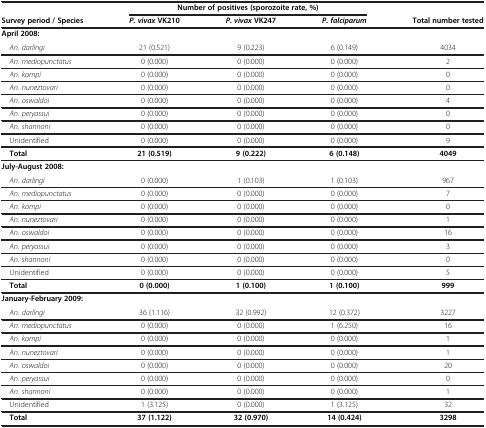
<table><thead><tr><td><b> </b></td><td colspan="3"><b>Number of positives (sporozoite rate, %)</b></td><td><b> </b></td></tr><tr><td><b>Survey period / Species</b></td><td><b><i>P. vivax</i> VK210</b></td><td><b><i>P. vivax</i> VK247</b></td><td><b><i>P. falciparum</i></b></td><td><b>Total number tested</b></td></tr></thead><tbody><tr><td><b>April 2008:</b></td><td> </td><td> </td><td> </td><td> </td></tr><tr><td> <i>An. darlingi</i></td><td>21 (0.521)</td><td>9 (0.223)</td><td>6 (0.149)</td><td>4034</td></tr><tr><td> <i>An. mediopunctatus</i></td><td>0 (0.000)</td><td>0 (0.000)</td><td>0 (0.000)</td><td>2</td></tr><tr><td> <i>An. kompi</i></td><td>0 (0.000)</td><td>0 (0.000)</td><td>0 (0.000)</td><td>0</td></tr><tr><td> <i>An. nuneztovari</i></td><td>0 (0.000)</td><td>0 (0.000)</td><td>0 (0.000)</td><td>0</td></tr><tr><td> <i>An. oswaldoi</i></td><td>0 (0.000)</td><td>0 (0.000)</td><td>0 (0.000)</td><td>4</td></tr><tr><td> <i>An. peryassui</i></td><td>0 (0.000)</td><td>0 (0.000)</td><td>0 (0.000)</td><td>0</td></tr><tr><td> <i>An. shannoni</i></td><td>0 (0.000)</td><td>0 (0.000)</td><td>0 (0.000)</td><td>0</td></tr><tr><td> Unidentified</td><td>0 (0.000)</td><td>0 (0.000)</td><td>0 (0.000)</td><td>9</td></tr><tr><td> <b>Total</b></td><td><b>21 (0.519)</b></td><td><b>9 (0.222)</b></td><td><b>6 (0.148)</b></td><td><b>4049</b></td></tr><tr><td><b>July-August 2008:</b></td><td> </td><td> </td><td> </td><td> </td></tr><tr><td> <i>An. darlingi</i></td><td>0 (0.000)</td><td>1 (0.103)</td><td>1 (0.103)</td><td>967</td></tr><tr><td> <i>An. mediopunctatus</i></td><td>0 (0.000)</td><td>0 (0.000)</td><td>0 (0.000)</td><td>7</td></tr><tr><td> <i>An. kompi</i></td><td>0 (0.000)</td><td>0 (0.000)</td><td>0 (0.000)</td><td>0</td></tr><tr><td> <i>An. nuneztovari</i></td><td>0 (0.000)</td><td>0 (0.000)</td><td>0 (0.000)</td><td>1</td></tr><tr><td> <i>An. oswaldoi</i></td><td>0 (0.000)</td><td>0 (0.000)</td><td>0 (0.000)</td><td>16</td></tr><tr><td> <i>An. peryassui</i></td><td>0 (0.000)</td><td>0 (0.000)</td><td>0 (0.000)</td><td>3</td></tr><tr><td> <i>An. shannoni</i></td><td>0 (0.000)</td><td>0 (0.000)</td><td>0 (0.000)</td><td>0</td></tr><tr><td> Unidentified</td><td>0 (0.000)</td><td>0 (0.000)</td><td>0 (0.000)</td><td>5</td></tr><tr><td> <b>Total</b></td><td><b>0 (0.000)</b></td><td><b>1 (0.100)</b></td><td><b>1 (0.100)</b></td><td><b>999</b></td></tr><tr><td><b>January-February 2009:</b></td><td> </td><td> </td><td> </td><td> </td></tr><tr><td> <i>An. darlingi</i></td><td>36 (1.116)</td><td>32 (0.992)</td><td>12 (0.372)</td><td>3227</td></tr><tr><td> <i>An. mediopunctatus</i></td><td>0 (0.000)</td><td>0 (0.000)</td><td>1 (6.250)</td><td>16</td></tr><tr><td> <i>An. kompi</i></td><td>0 (0.000)</td><td>0 (0.000)</td><td>0 (0.000)</td><td>1</td></tr><tr><td> <i>An. nuneztovari</i></td><td>0 (0.000)</td><td>0 (0.000)</td><td>0 (0.000)</td><td>1</td></tr><tr><td> <i>An. oswaldoi</i></td><td>0 (0.000)</td><td>0 (0.000)</td><td>0 (0.000)</td><td>20</td></tr><tr><td> <i>An. peryassui</i></td><td>0 (0.000)</td><td>0 (0.000)</td><td>0 (0.000)</td><td>0</td></tr><tr><td> <i>An. shannoni</i></td><td>0 (0.000)</td><td>0 (0.000)</td><td>0 (0.000)</td><td>1</td></tr><tr><td> Unidentified</td><td>1 (3.125)</td><td>0 (0.000)</td><td>1 (3.125)</td><td>32</td></tr><tr><td> <b>Total</b></td><td><b>37 (1.122)</b></td><td><b>32 (0.970)</b></td><td><b>14 (0.424)</b></td><td><b>3298</b></td></tr></tbody></table>